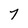
Character: 7